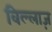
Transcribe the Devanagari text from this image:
विल्लाज़